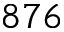
8 7 6